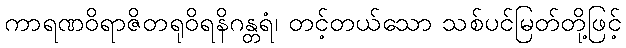
ကာရဏဝိရာဇိတရုဝိရနိဂန္တရံ၊ တင့်တယ်သော သစ်ပင်မြတ်တို့ဖြင့်